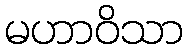
မဟာဝိသာ